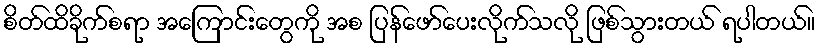
စိတ်ထိခိုက်စရာ အကြောင်းတွေကို အစ ပြန်ဖော်ပေးလိုက်သလို ဖြစ်သွားတယ် ရပါတယ်။